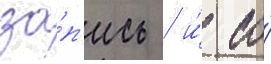
за́п'ись / и́ со́